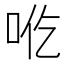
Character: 𰇒